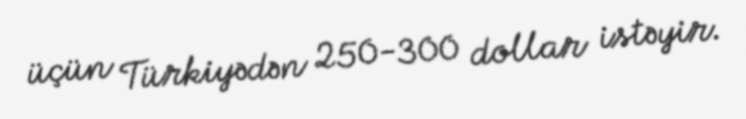
üçün Türkiyədən 250-300 dollar istəyir.